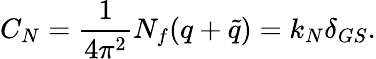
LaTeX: C_{N}={\frac{1}{4\pi^{2}}}N_{f}(q+{\tilde{q}})=k_{N}\delta_{GS}.